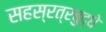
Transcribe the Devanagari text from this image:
सहस्रत्रबुद्धे